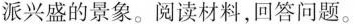
派兴盛的景象。阅读材料，回答问题。